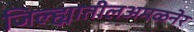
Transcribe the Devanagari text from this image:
जिल्ह्यातीलअमळनेर